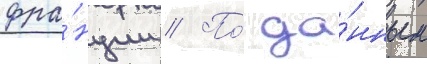
фра́нции // По́ да́нным